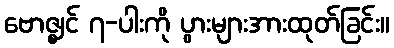
ဗောဇ္ဈင် ၇-ပါးကို ပွားများအားထုတ်ခြင်း။